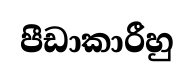
පීඩාකාරීහු